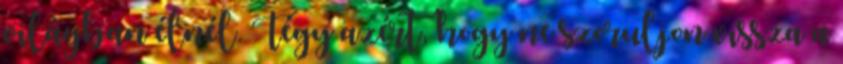
világban élnél. Tégy azért, hogy ne szoruljon vissza a